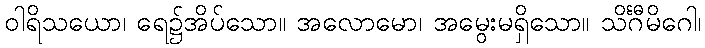
ဝါရိသယော၊ ရေ၌အိပ်သော။ အလောမော၊ အမွေးမရှိသော။ သိင်္ဂီမိဂေါ၊